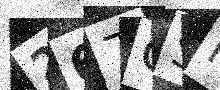
Text: 267QSM